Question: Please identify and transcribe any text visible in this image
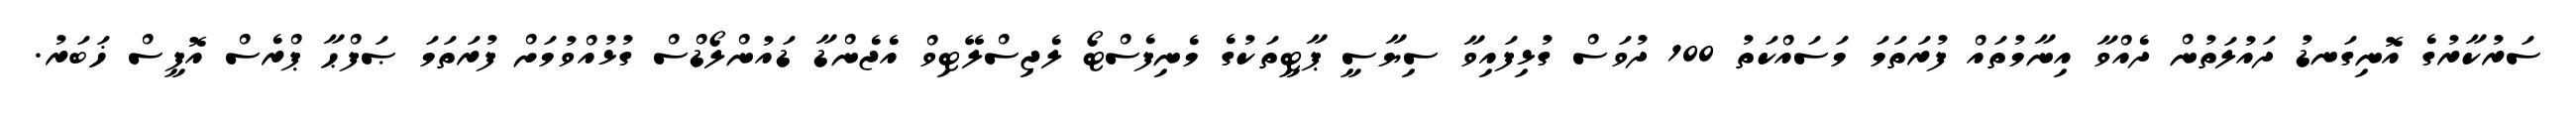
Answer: ސަރުކާރުގެ އޮނިގަނޑު ދައުލަތުން ދެއްވާ އިނާމުތައް ފުރަތަމަ މަސައްކަތު 100 ދުވަސް ގުޅިފައިވާ ސިޔާސީ ޕާޓީތަކުގެ މެނިފެސްޓޯ ލެޖިސްލޭޓިވް އެޖެންޑާ ޑައުންލޯޑްސް ގުޅުއްވުމަށް ފުރަތަމަ ޞަފްޙާ ޕްރެސް އޮފީސް ޚަބަރު.